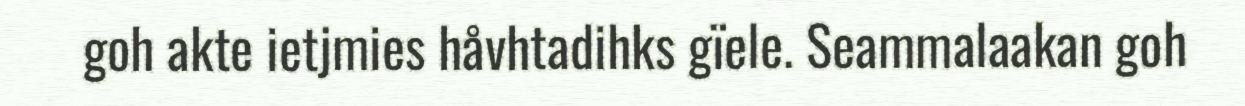
goh akte ietjmies håvhtadihks gïele. Seammalaakan goh